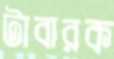
টাবারক